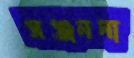
সঞ্জননা